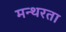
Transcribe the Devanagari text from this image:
मन्थरता